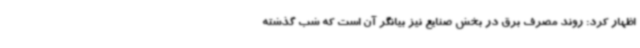
اظهار کرد: روند مصرف برق در بخش صنایع نیز بیانگر آن است که شب گذشته